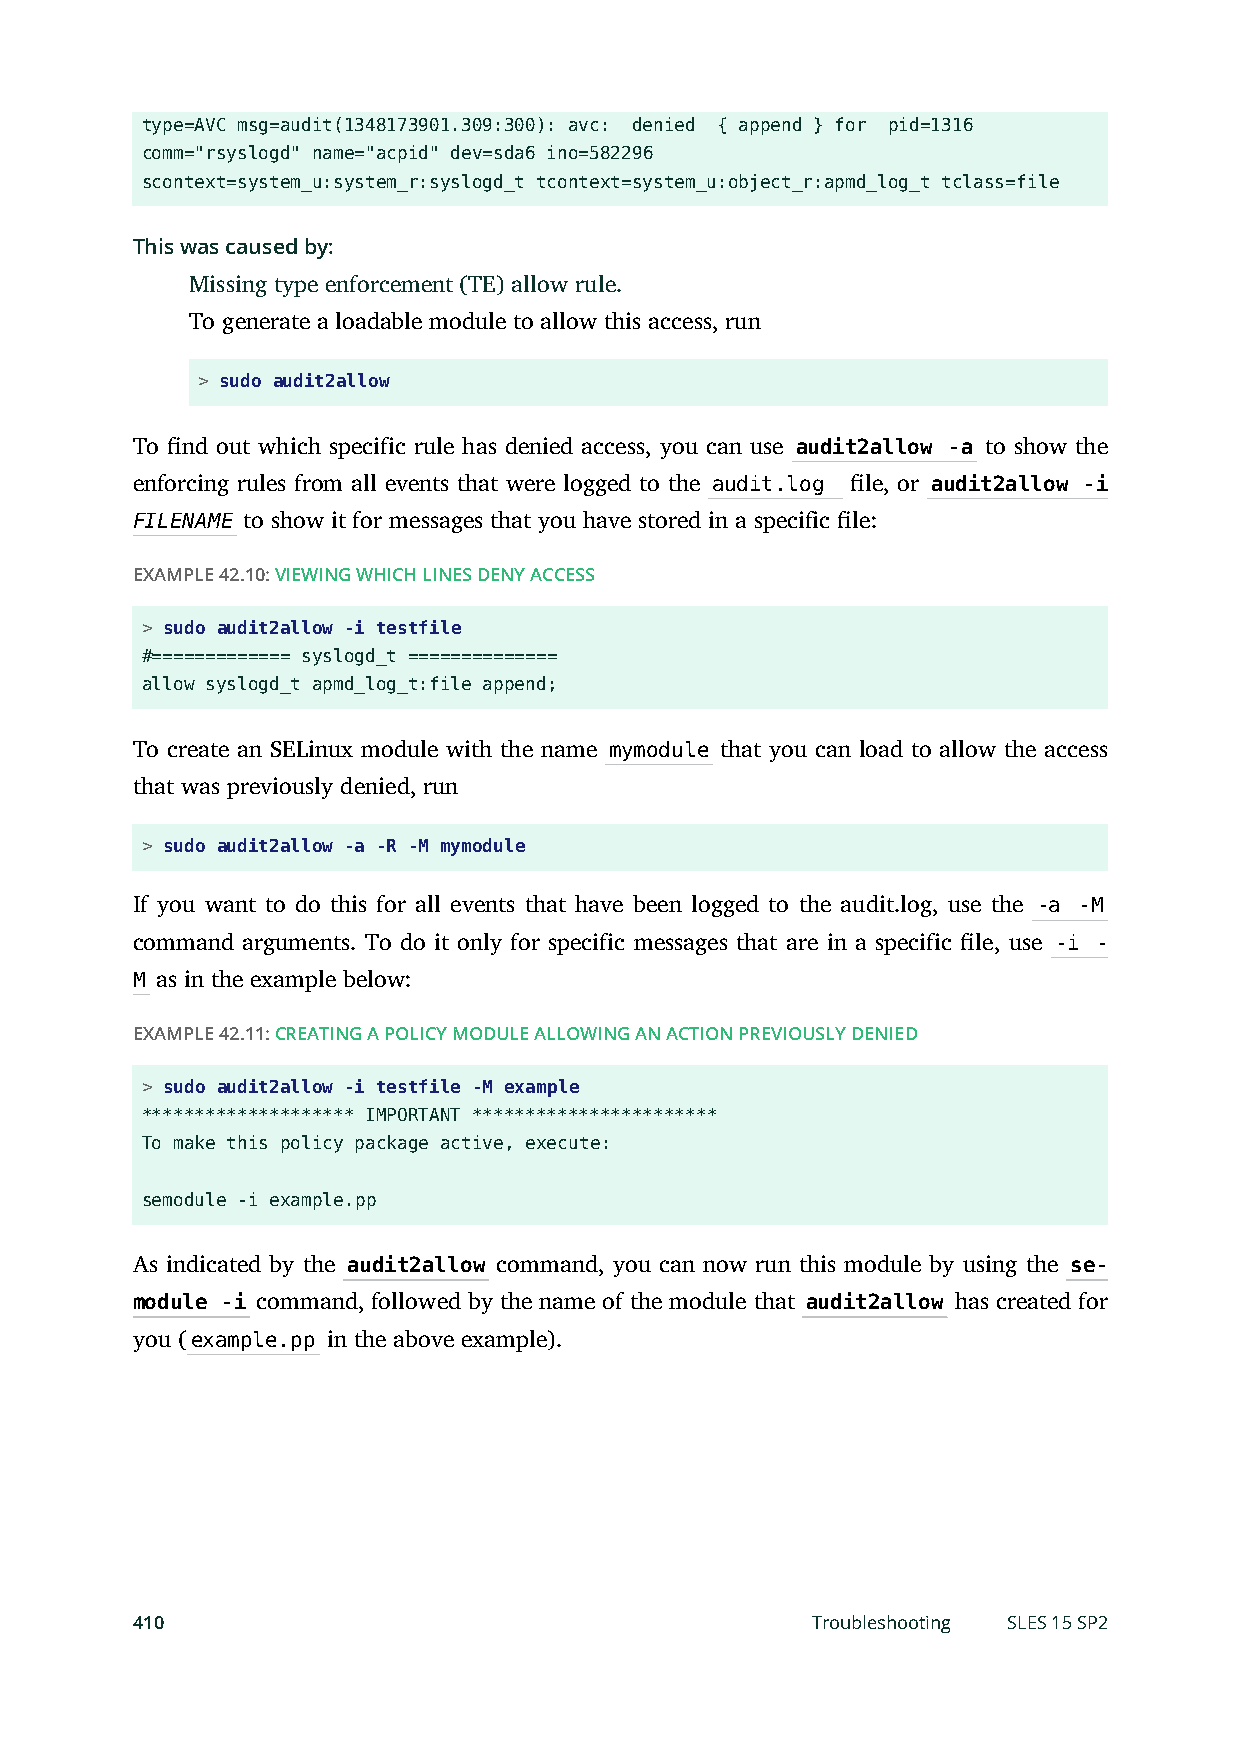
type=AVC msg=audit(1348173901.309:300): avc: denied { append } for pid=1316
 comm="rsyslogd" name="acpid" dev=sda6 ino=582296
 scontext=system_u:system_r:syslogd_t tcontext=system_u:object_r:apmd_log_t tclass=file
 This was caused by:
 Missing type enforcement (TE) allow rule.
 To generate a loadable module to allow this access, run
 > sudo audit2allow
 To nd out which specific rule has denied access, you can use audit2allow -a to show the
 enforcing rules from all events that were logged to the audit.log le, or audit2allow -i
 FILENAME to show it for messages that you have stored in a specific le:
 EXAMPLE 42.10: VIEWING WHICH LINES DENY ACCESS
 > sudo audit2allow -i testfile
 #============= syslogd_t ==============
 allow syslogd_t apmd_log_t:file append;
 To create an SELinux module with the name mymodule that you can load to allow the access
 that was previously denied, run
 > sudo audit2allow -a -R -M mymodule
 If you want to do this for all events that have been logged to the audit.log, use the -a -M
 command arguments. To do it only for specific messages that are in a specific le, use -i -
 M as in the example below:
 EXAMPLE 42.11: CREATING A POLICY MODULE ALLOWING AN ACTION PREVIOUSLY DENIED
 > sudo audit2allow -i testfile -M example
 ******************** IMPORTANT ***********************
 To make this policy package active, execute:
 semodule -i example.pp
 As indicated by the audit2allow command, you can now run this module by using the se-
 module -i command, followed by the name of the module that audit2allow has created for
 you (example.pp in the above example).
 410                                          Troubleshooting SLES 15 SP2